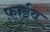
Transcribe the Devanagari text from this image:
फ़ाईव